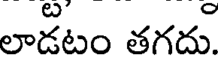
లాడటం తగదు.